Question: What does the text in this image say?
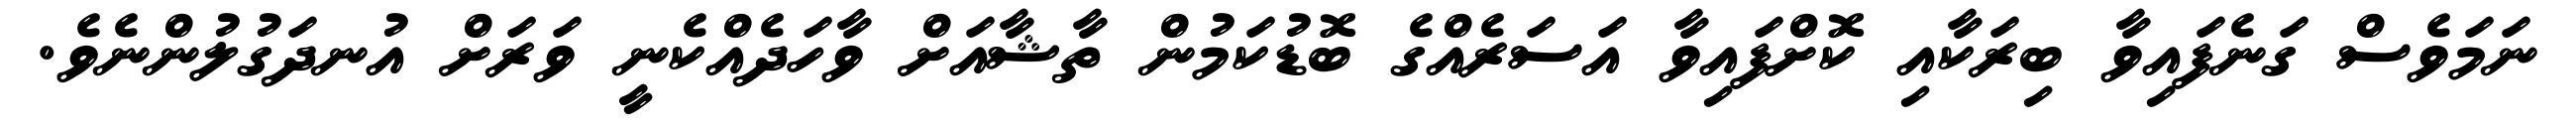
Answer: ނަމަވެސް ގަނެފައިވާ ބިރަކާއި ކޮށްފައިވާ އަސަރެއްގެ ބޮޑުކަމުން ތާޝާއަށް ވާހަދެއްކެނީ ވަރަށް އުނދަގުލުންނެވެ.